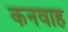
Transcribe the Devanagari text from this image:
कनवाह